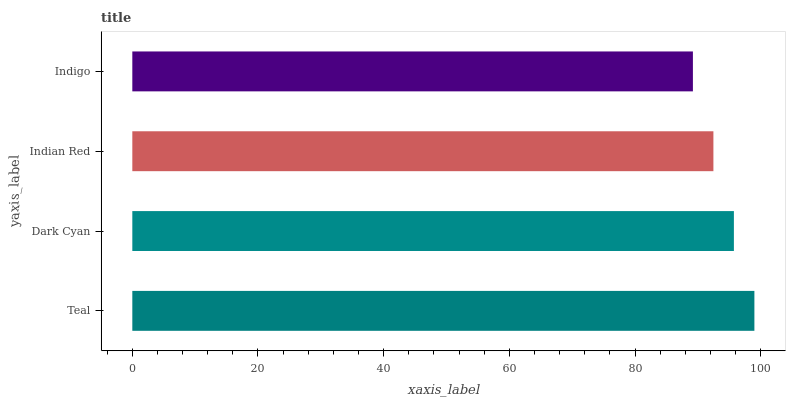
| yaxis_label | bars |
 | --- | --- |
 | Teal | 99 |
 | Dark Cyan | 95.7 |
 | Indian Red | 92.5 |
 | Indigo | 89.2 |